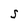
Character: s